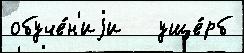
обуче́н'иjи   уще́рб